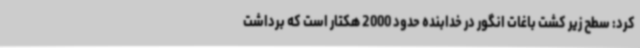
کرد: سطح زیر کشت باغات انگور در خدابنده حدود 2000 هکتار است که برداشت